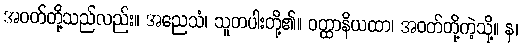
အဝတ်တို့သည်လည်း။ အညေသံ၊ သူတပါးတို့၏။ ဝတ္ထာနိယထာ၊ အဝတ်တို့ကဲ့သို့။ န၊